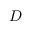
D